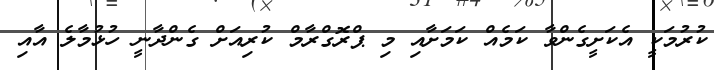
ކުރުމަކީ އެކަށީގެންވާ ކަމެއް ކަމަށާއި މި ޕްރޮގްރާމް ކުރިއަށް ގެންދާނީ ހުޅުމާލެ އާއި